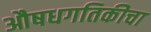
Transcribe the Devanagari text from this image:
औषधगतिकीचा